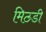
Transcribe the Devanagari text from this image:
मिठडी